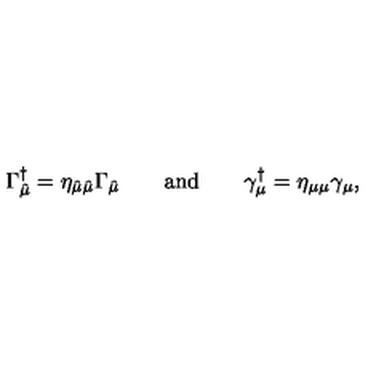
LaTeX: \Gamma _ { \hat { \mu } } ^ { \dagger } = \eta _ { \hat { \mu } \hat { \mu } } \Gamma _ { \hat { \mu } } \qquad \mathrm { a n d } \qquad \gamma _ { \mu } ^ { \dagger } = \eta _ { \mu \mu } \gamma _ { \mu } ,